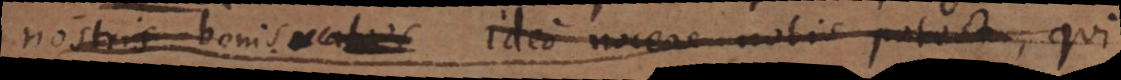
nostris bonis. – Ideo nocere nobis potest,